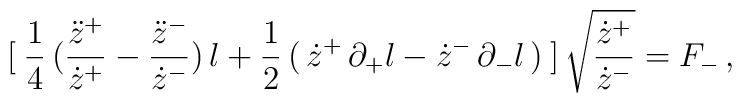
[\: \frac{1}{4}\,(\frac{\ddot{z}^{+}}{\dot{z}^{+}} -\frac{\ddot{z}^{-}}{\dot{z}^{-}})\,l+ \frac{1}{2}\,(\,\dot{z}^{+}\,\partial_{+}l- \dot{z}^{-}\,\partial_{-}l\,)\:]\,\sqrt{\frac{\dot{z}^{+}}{\dot{z}^{-}}} =F_{-} \,,